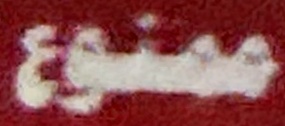
ممنوع